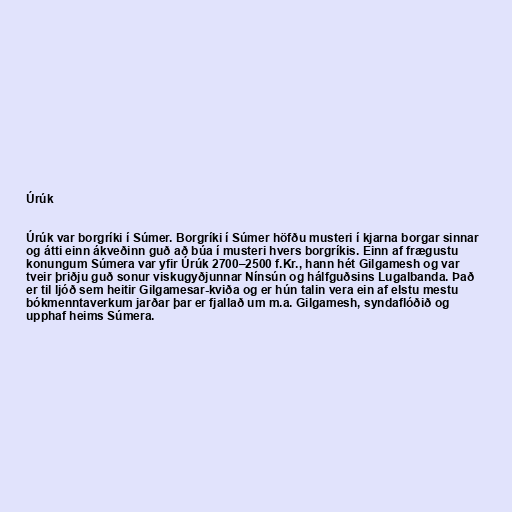
Úrúk

Úrúk var borgríki í Súmer. Borgríki í Súmer höfðu musteri í kjarna borgar sinnar
og átti einn ákveðinn guð að búa í musteri hvers borgríkis. Einn af frægustu
konungum Súmera var yfir Úrúk 2700–2500 f.Kr., hann hét Gilgamesh og var
tveir þriðju guð sonur viskugyðjunnar Nínsún og hálfguðsins Lugalbanda. Það
er til ljóð sem heitir Gilgamesar-kviða og er hún talin vera ein af elstu mestu
bókmenntaverkum jarðar þar er fjallað um m.a. Gilgamesh, syndaflóðið og
upphaf heims Súmera.